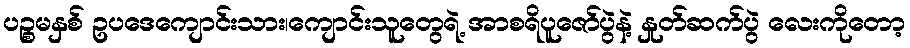
ပဉ္စမနှစ် ဥပဒေကျောင်းသား၊ကျောင်းသူတွေရဲ့ အာစရိပူဇော်ပွဲနဲ့ နှုတ်ဆက်ပွဲ လေးကိုတော့